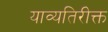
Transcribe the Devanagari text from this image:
याव्यतिरीक्त